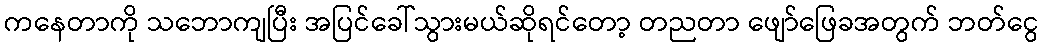
ကနေတာကို သဘောကျပြီး အပြင်ခေါ်သွားမယ်ဆိုရင်တော့ တညတာ ဖျော်ဖြေခအတွက် ဘတ်ငွေ